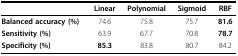
<table><thead><tr><td>[EMPTY_CELL]</td><td><b>Linear</b></td><td><b>Polynomial</b></td><td><b>Sigmoid</b></td><td><b>RBF</b></td></tr></thead><tbody><tr><td><b>Balanced accuracy (%)</b></td><td>74.6</td><td>75.8</td><td>75.7</td><td><b>81.6</b></td></tr><tr><td><b>Sensitivity (%)</b></td><td>63.9</td><td>67.7</td><td>70.8</td><td><b>78.7</b></td></tr><tr><td><b>Specificity (%)</b></td><td><b>85.3</b></td><td>83.8</td><td>80.7</td><td>84.2</td></tr></tbody></table>